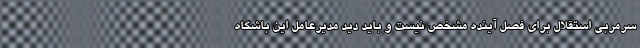
سرمربی استقلال برای فصل آینده مشخص نیست و باید دید مدیرعامل این باشگاه